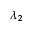
\lambda _ { 2 }